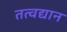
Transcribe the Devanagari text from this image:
तत्वद्यान